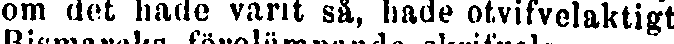
om det hade varit så, hade otvifvelaktigt